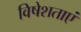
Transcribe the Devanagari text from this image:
विषेशताएं